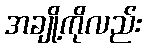
အချို့ကိုလည်း